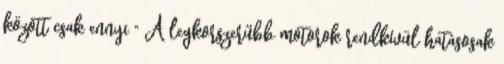
között csak ennyi " A legkorszerűbb motorok rendkívül hatásosak